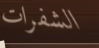
الشفرات